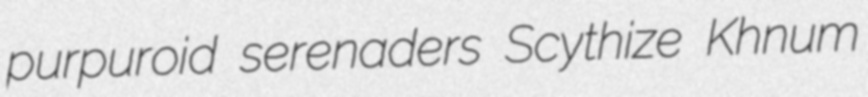
purpuroid serenaders Scythize Khnum